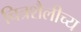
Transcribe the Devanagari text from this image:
चित्रशैलीच्य